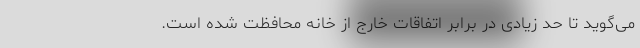
می‌گوید تا حد زیادی در برابر اتفاقات خارج از خانه محافظت شده است.